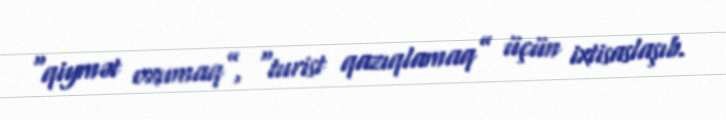
“qiymət oxumaq”, “turist qazıqlamaq” üçün ixtisaslaşıb.